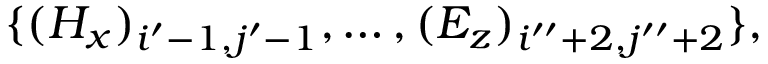
\{ ( H _ { x } ) _ { i ^ { \prime } - 1 , j ^ { \prime } - 1 } , \ldots , ( E _ { z } ) _ { i ^ { \prime \prime } + 2 , j ^ { \prime \prime } + 2 } \} ,